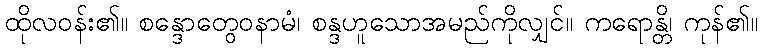
ထိုလဝန်း၏။ စန္ဒောတွေဝနာမံ၊ စန္ဒဟူသောအမည်ကိုလျှင်။ ကရောန္တိ၊ ကုန်၏။